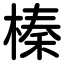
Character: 榛